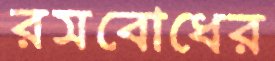
রসবোধের